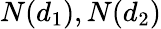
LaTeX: N(d_{1}),N(d_{2})